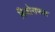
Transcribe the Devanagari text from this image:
बिजोराफल